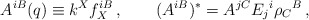
\begin{align*}A^{iB}(q)\equiv k^Xf_X^{iB}\,, \qquad(A^{iB})^*=A^{jC}E_j{}^i\rho_C{}^B\,,\end{align*}